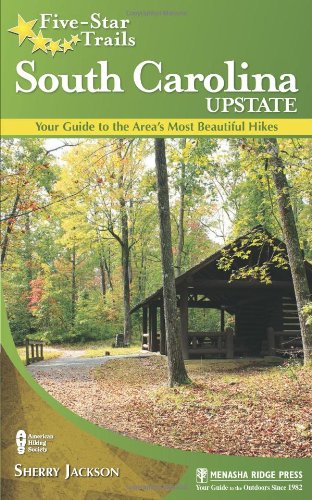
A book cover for Five-Star Trails: South Carolina Upstate: Your Guide to the Area's Most Beautiful Hikes; Sherry Jackson; Health, Fitness & Dieting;